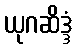
ယုဂဆိဒ္ဒံ